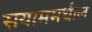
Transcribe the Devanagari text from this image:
सयाममधील